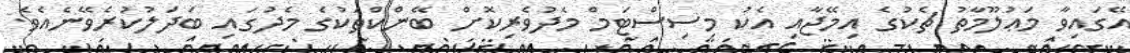
އޭގައިވާ މަޢުލޫމާތު ޗެކުގެ އިމޭޖާއި އެކު މިސިސްޓަމް މެދުވެރިކޮށް ބޭންކްތަކުގެ މެދުގައި ބަދަލުކުރެވޭނެއެވެ.